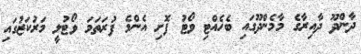
ދާންދޫ ދާއިރާގެ މާމެންދޫގައި ބެހެއްޓި ވޯޓު ފޮށި އެންމެ ފުރަތަމަ ވޯޓުލީ މަރުކަޒުގައި